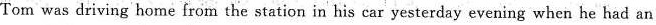
Tom was driving home from the station in his car yesterday evening when he had an